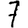
Digit: 7